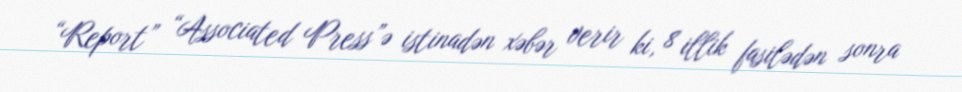
“Report” “Associated Press”ə istinadən xəbər verir ki, 8 illik fasilədən sonra